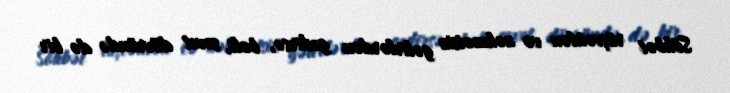
Söhbət rüşvətdən və zəhmətsiz gəlirlərdən gedirsə, bəli, sovet dövründə də bir